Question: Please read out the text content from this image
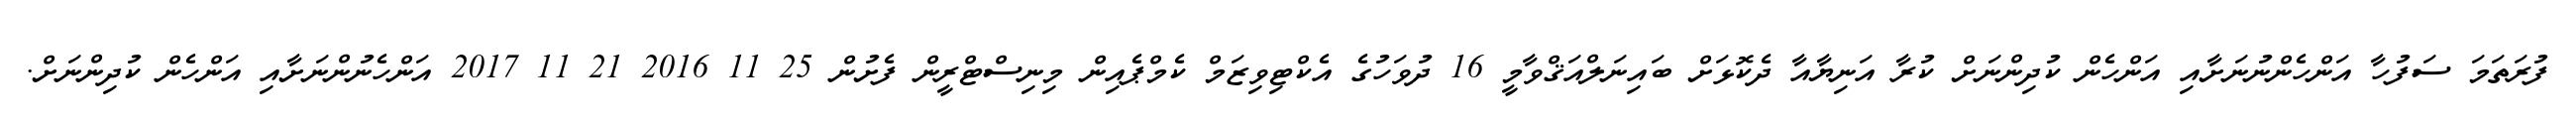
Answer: ފުރަތަމަ ސަފުހާ އަންހެންނުނަށާއި އަންހެން ކުދިންނަށް ކުރާ އަނިޔާއާ ދެކޮޅަށް ބައިނަލްއަޤްވާމީ 16 ދުވަހުގެ އެކްޓިވިޒަމް ކެމްޕެއިން މިނިސްޓްރީން ފެށުން 25 11 2016 21 11 2017 އަންހެނުންނަށާއި އަންހެން ކުދިންނަށް.